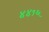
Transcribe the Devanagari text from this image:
४४१६